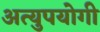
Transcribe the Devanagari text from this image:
अत्युपयोगी